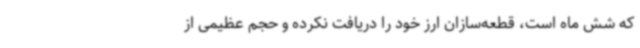
که شش ماه است، قطعه‌سازان ارز خود را دریافت نکرده و حجم عظیمی از